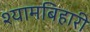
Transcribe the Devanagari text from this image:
श्यामबिहारी